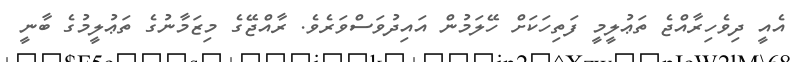
އެއީ ދިވެހިރާއްޖެ ތަޢުލީމީ ފަތިހަކަށް ހޭލަމުން އައިދުވަސްވަރެވެ. ރާއްޖޭގެ މިޒަމާނުގެ ތަޢުލީމުގެ ބާނީ